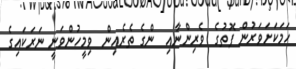
ހަމަކަށަވަރުން ފޮތުގެ  ވެރިންނާއި  ންގެ ތެރެއިން  ވިމީހުންވަނީ ނަރަކައިގެ